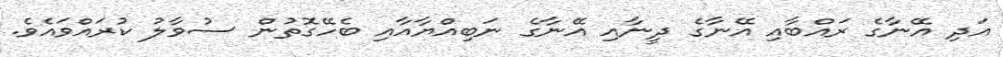
އަދި އޭނާގެ ރައްބާއި އޭނާގެ ދީނާއި އޭނާގެ ނަބިއްޔާއާއި ބެހޭގޮތުން ސުވާލު ކުރައްވައެވެ.